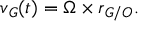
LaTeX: { \boldsymbol { v } } _ { G } ( t ) = { \boldsymbol { \Omega } } \times { \boldsymbol { r } } _ { G / O } .